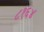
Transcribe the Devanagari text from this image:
८१६४